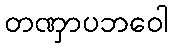
တဏှာပဘဝေါ